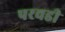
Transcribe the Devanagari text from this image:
परवडी